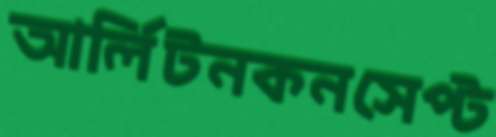
আর্লিটনকনসেপ্ট